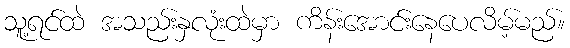
သူ့ရင်ထဲ အသည်းနှလုံးထဲမှာ ကိန်းအောင်းနေပေလိမ့်မည်။